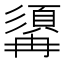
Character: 𩓾